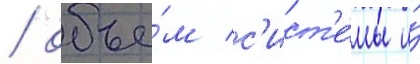
/ объе́м с'ист'е́мы и́